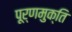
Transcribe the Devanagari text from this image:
पूर्णमुक्ति